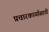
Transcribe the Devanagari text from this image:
प्रचारकार्यासाठी